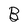
Character: B